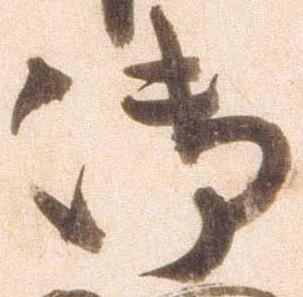
御